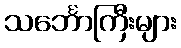
သင်္ဘောကြီးများ